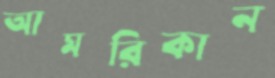
আমরিকান